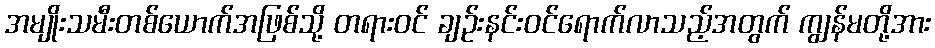
အမျိုးသမီးတစ်ယောက်အဖြစ်သို့ တရားဝင် ချဉ်းနင်းဝင်ရောက်လာသည့်အတွက် ကျွန်မတို့အား